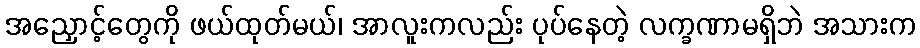
အညှောင့်တွေကို ဖယ်ထုတ်မယ်၊ အာလူးကလည်း ပုပ်နေတဲ့ လက္ခဏာမရှိဘဲ အသားက